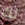
لك